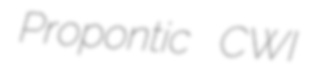
Propontic CWI